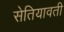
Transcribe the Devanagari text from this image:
सेतियावती